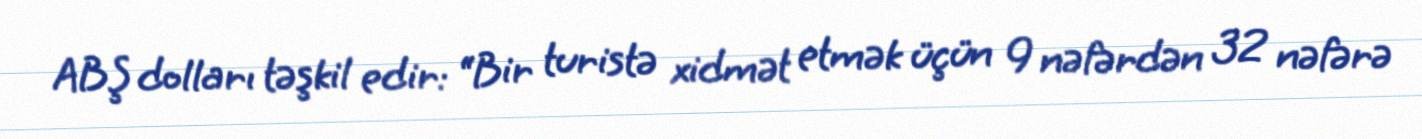
ABŞ dolları təşkil edir: “Bir turistə xidmət etmək üçün 9 nəfərdən 32 nəfərə